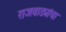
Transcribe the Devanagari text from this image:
राजवाड्यांचा